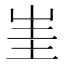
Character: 𡷅